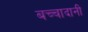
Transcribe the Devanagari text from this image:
बच्चादानी